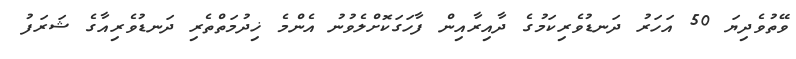
ވޭތުވެދިޔަ 50 އަހަރު ދަނޑުވެރިކަމުގެ ދާއިރާއިން ފާހަގަކޮށްލެވުނު އެންމެ ޚިދުމަތްތެރި ދަނޑުވެރިއާގެ ޝަރަފު